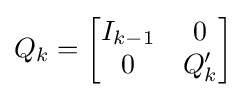
Q_{k}={\begin{bmatrix}I_{k-1}&0\\0&Q_{k}'\end{bmatrix}}